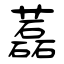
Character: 藞